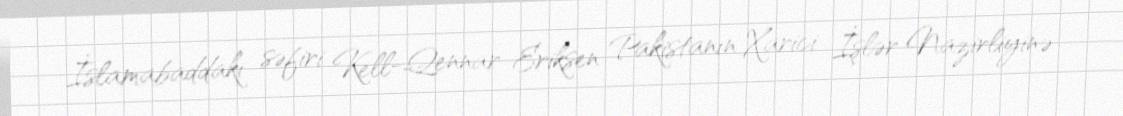
İslamabaddakı səfiri Kell-Qennar Eriksen Pakistanın Xarici İşlər Nazirliyinə